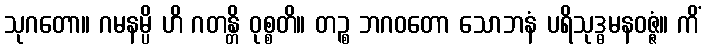
သုဂတော။ ဂမနမ္ပိ ဟိ ဂတန္တိ ဝုစ္စတိ။ တဉ္စ ဘဂဝတော သောဘနံ ပရိသုဒ္ဓမနဝဇ္ဇံ။ ကိံ